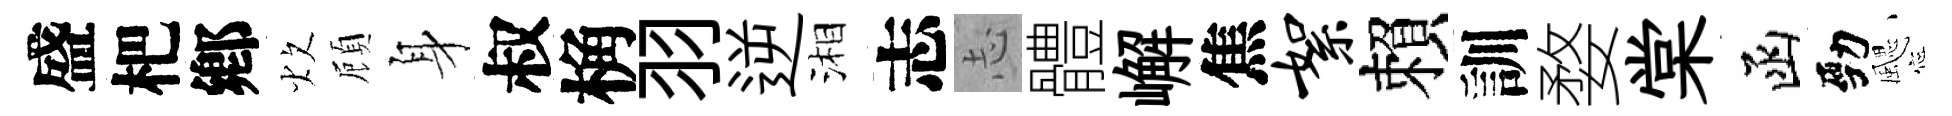
盛杷鄕炊頋身叔桷羽逆湘志𢖽體嶰焦絮賴訓婺棠函勁颸